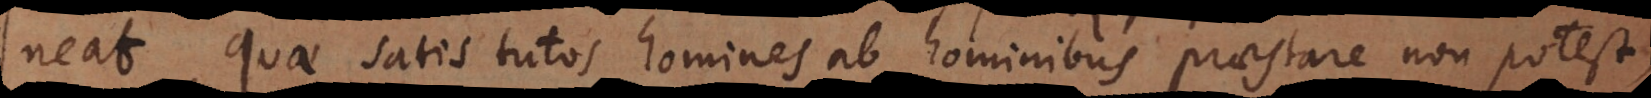
obtineat, quae satis tutos homines ab hominibus praestare non potest,